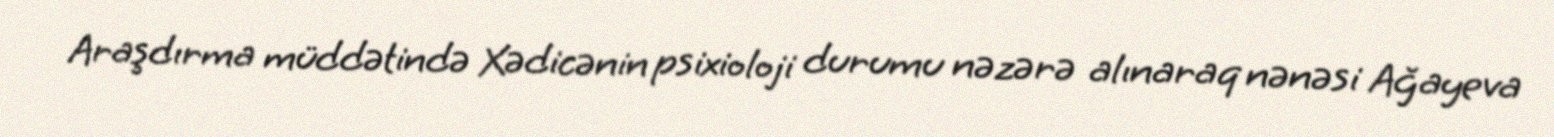
Araşdırma müddətində Xədicənin psixioloji durumu nəzərə alınaraq nənəsi Ağayeva